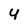
Character: 4